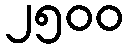
၂၅၀၀